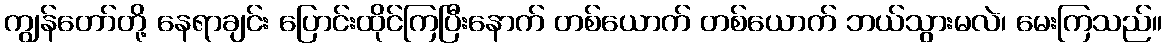
ကျွန်တော်တို့ နေရာချင်း ပြောင်းထိုင်ကြပြီးနောက် တစ်ယောက် တစ်ယောက် ဘယ်သွားမလဲ၊ မေးကြသည်။